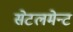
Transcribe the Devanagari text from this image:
सेटलमेन्ट